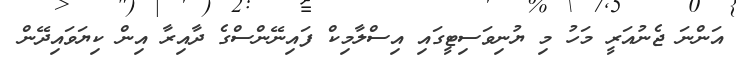
އަންނަ ޖެނުއަރީ މަހު މި ޔުނިވަސިޓީގައި އިސްލާމިކް ފައިނޭންސްގެ ދާއިރާ އިން ކިޔަވައިދޭން